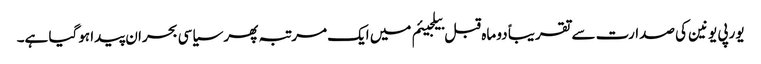
یورپی یونین کی صدارت سے تقریباً دو ماہ قبل بیلجیئم میں ایک مرتبہ پھر سیاسی بحران پیدا ہوگیا ہے۔